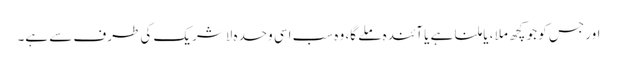
اور جس کو جو کچھ ملا ، یا ملنا ہے یا آئندہ ملے گا، وہ سب اسی وحدہ لاشریک کی طرف سے ہے۔